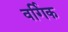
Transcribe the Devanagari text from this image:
वर्गिक